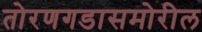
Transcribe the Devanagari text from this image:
तोरणगडासमोरील